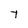
Character: T